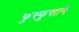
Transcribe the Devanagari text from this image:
फुस्फुसाने